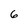
Character: 6